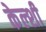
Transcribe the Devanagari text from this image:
केल्शी